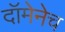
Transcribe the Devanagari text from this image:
दॉमेनेच